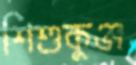
শিশুকুঞ্জ